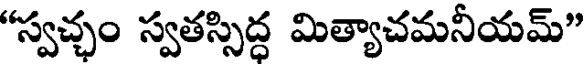
"స్వచ్చం స్వతస్సిద్ధ మిత్యాచమనీయమ్"